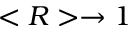
< R > \to 1